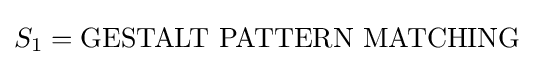
S_{1}={\text{GESTALT PATTERN MATCHING}}